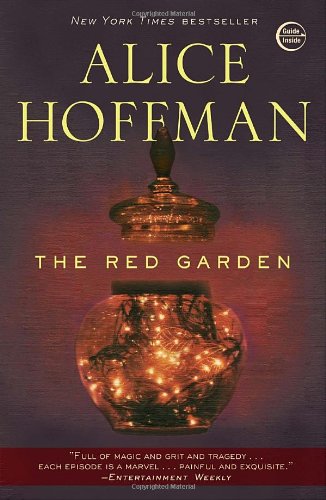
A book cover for The Red Garden; Alice Hoffman; Science Fiction & Fantasy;